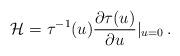
LaTeX: \begin{align*}{\cal H}=\tau^{-1}(u)\frac{\partial \tau (u)}{\partial u}|_{u=0} \, .\end{align*}